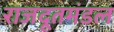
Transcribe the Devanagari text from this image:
राजदूतमंडल